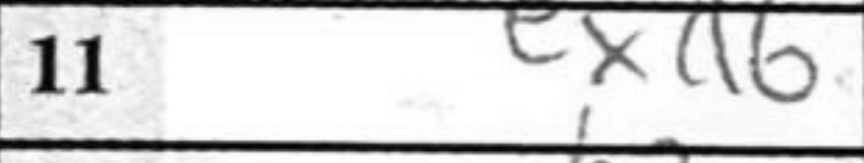
Transcription: exd6